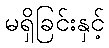
မရှိခြင်းနှင့်